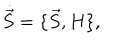
\dot { \vec { S } } = \{ \vec { S } , H \} ,